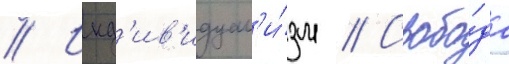
// Инд'ив'идуал'и́зм // Свобо́да